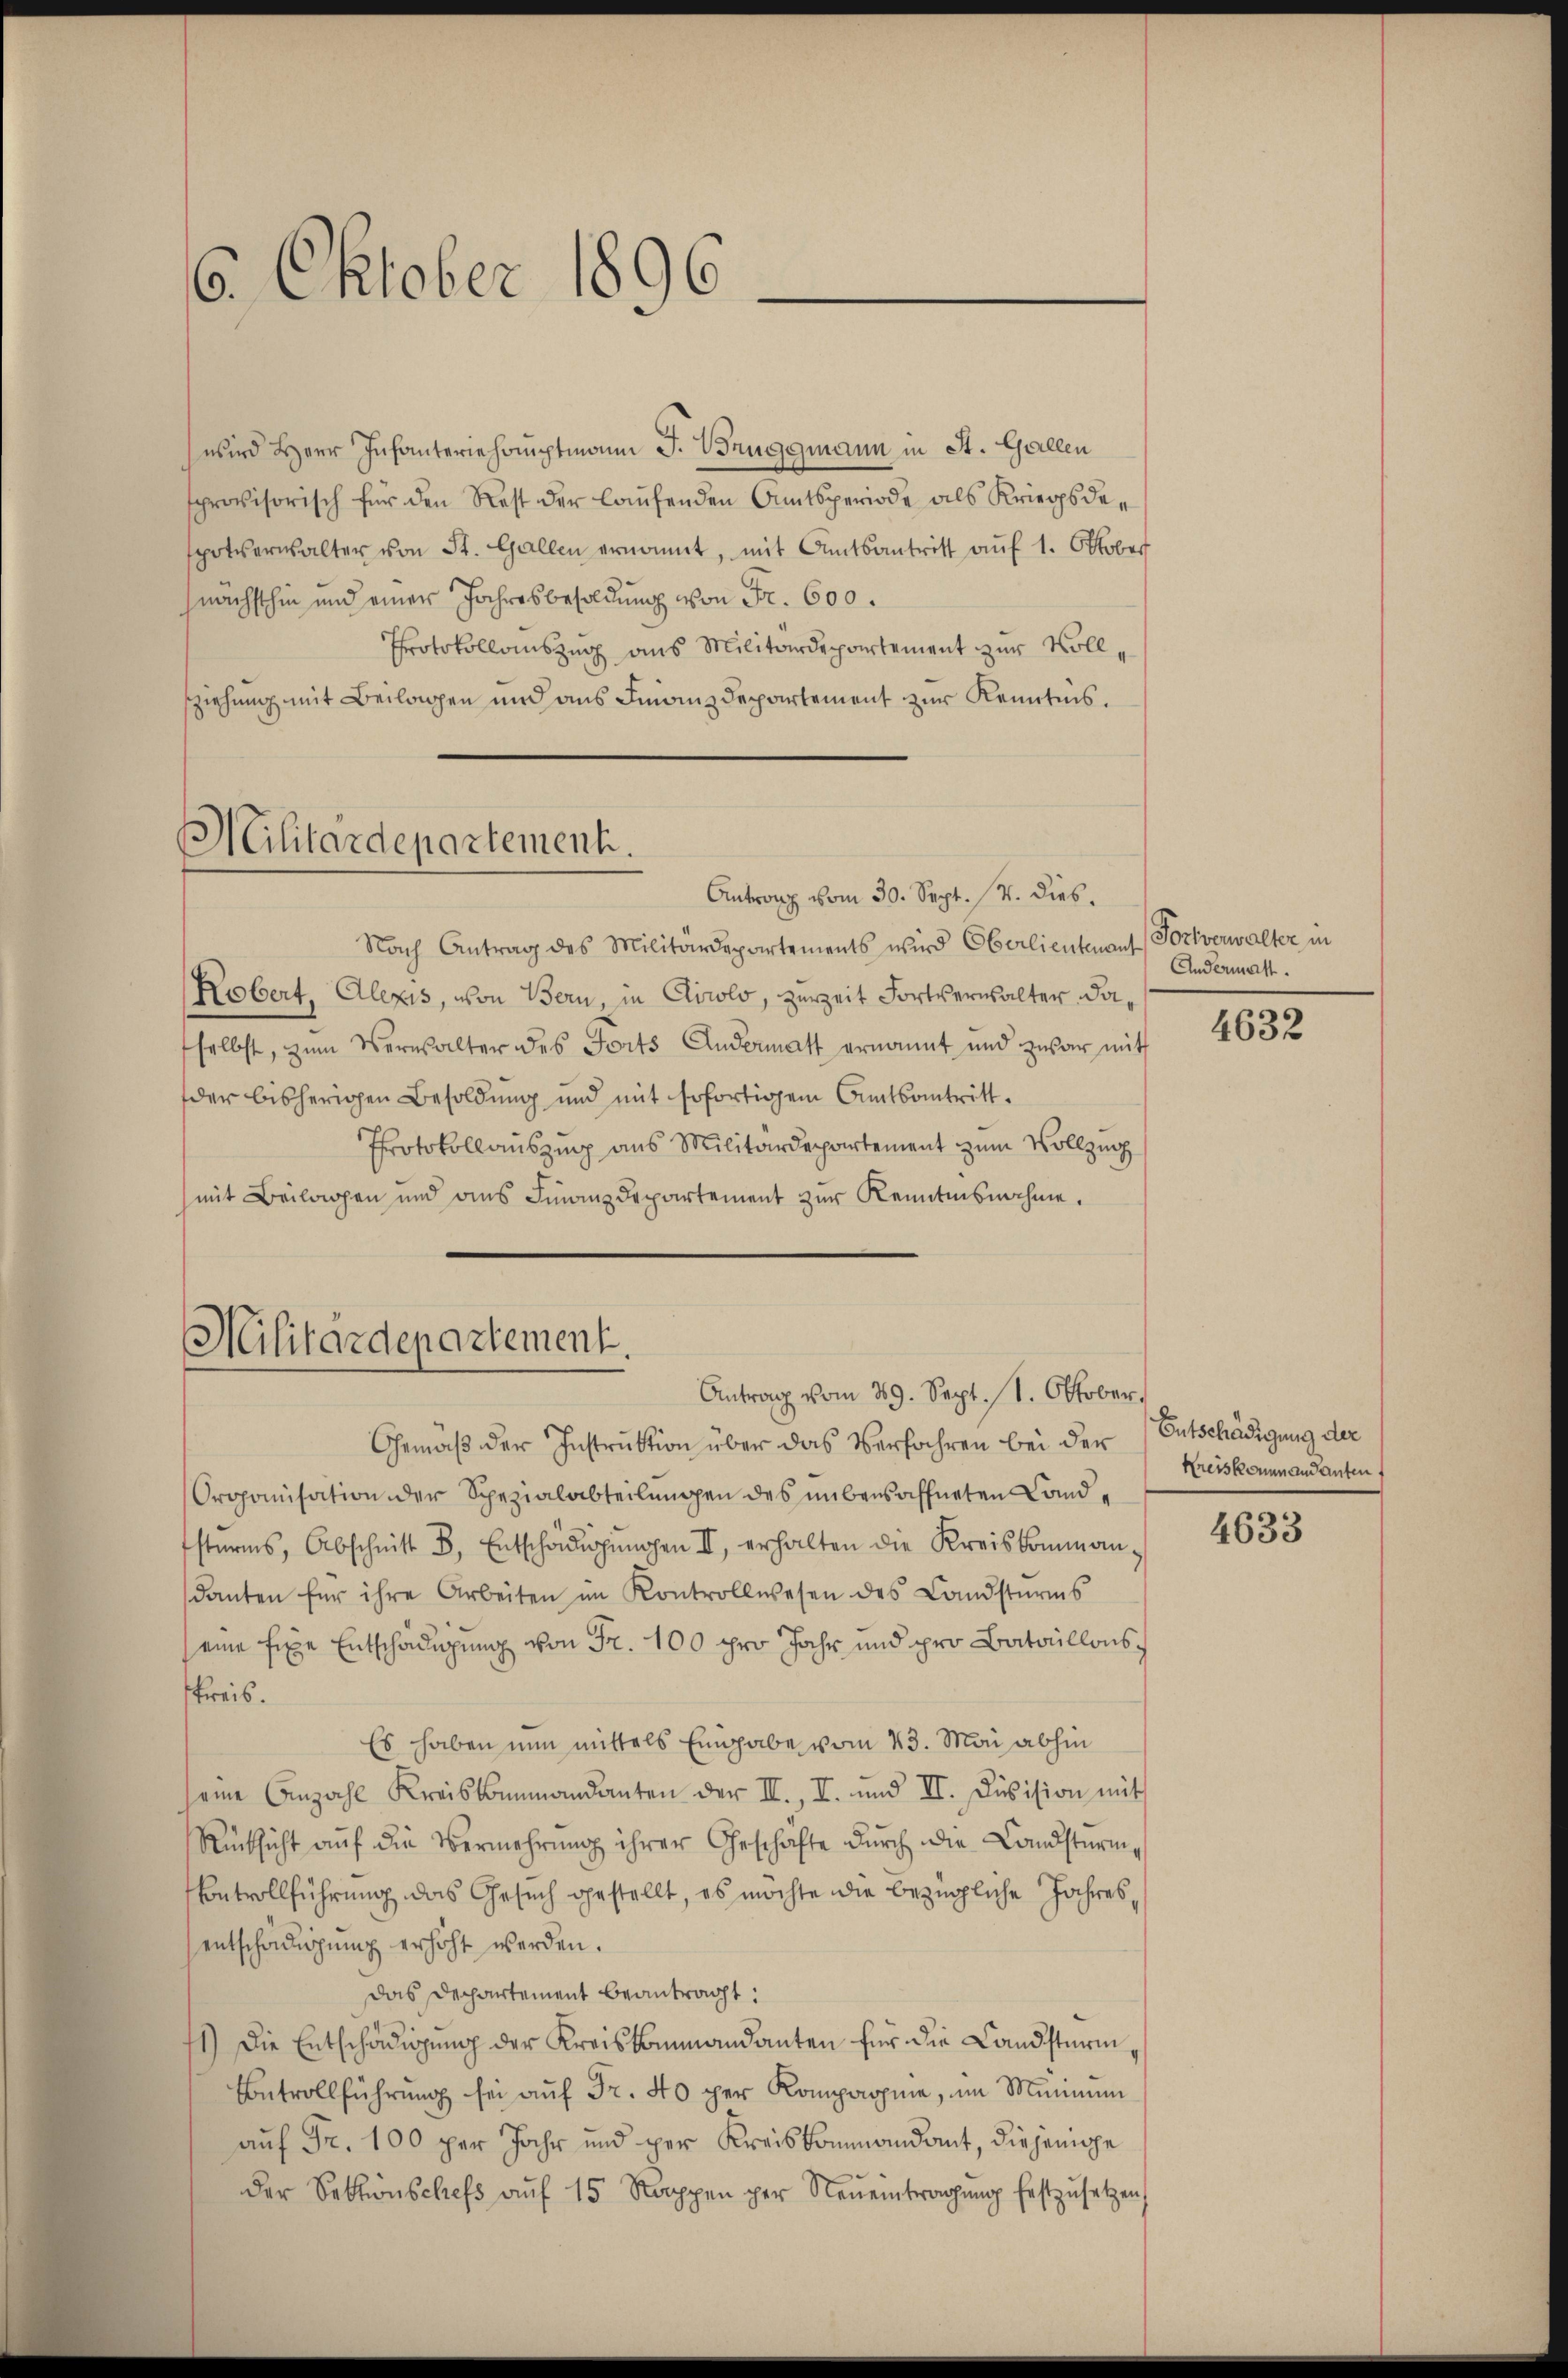
6. Oktober 1896.

wird Herr Infanteriehauptmann J. Bruggmann in St. Gallen
sprovisorisch für den Rest der laufenden Amtsperiode als Kriegsdespoterwalter von St. Gallen ernannt, mit Amtsantritt aŭf 1. Oktober
nächsthin und einer Jahresbesoldung von Fr. 600.
Protokollauszug aus Militärdepartement zur Vollsziehung mit Beilagen und aus Finanzdepartement zur Kenntnis.

Militärdepartement.
Antrag vom 30. Sept. 14. dies.

Militärdepartement.
Antrag vom 29. Sept. 1. Oktober.

Nach Antrag des Militärdepartements wird Oberlieutenant Fortverwalter in
Kobert, Alexis, von Bern, in Clirolo, zurzeit Fortverwalter daselbst, zum Verwalter des Forts Andermatt ernannt und zwar mit
der bisherigen Besoldung und mit Erfortigem Amtsantritt.
Protokollauszug aus Militärdepartement zum Vollzug
mit Beilagen und ans Finanzdepartement zŭr Kenntnisnahme.

Gemäß der Instruktion über das Verfahren bei der Entschädigung der
Organisation der Spezialabteilungen des unbewaffneten Land¬
Esterns, Abschnitt d. Entschädigŭngen II. erhalten die Kreiskommandanten für ihre Arbeiten im Kontrollwesen des Landsturms
eine fixe Entschädigung von Fr. 100 pro Jahr und pro Bataillonsskreis.
Es haben nun mittels Einhabe vom 23. Mai abhin
seine Anzahl Kreisammandanten der II., I. und II. Division mit
Rücksicht aŭf die Vermehrŭng ihrer Geschäfte dŭrch die Landstürm
Betrollführung das Gesuch gestellt, es möchte die bezügliche Jahres,
entschädigŭng erhöht werden.
das Departement beantragt:
1.) Die Entschädigung der Kreiskommandanten für die Landsturm¬
Betrollführung sei aŭf Fr. 40 per Kompagnie, im Minimum
auf Fr. 100 per Jahr und per Kreiskommandant, diejenige
der Sektionschefs aŭf 15 Rappen per Neŭeintragŭng festzŭsetzen,

Andermatt.

4632

Kreiskommandanten

4633